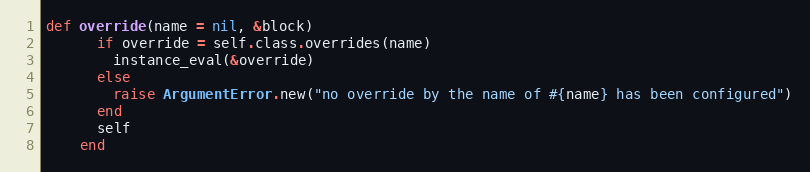
Language: Ruby
def override(name = nil, &block)
      if override = self.class.overrides(name)
        instance_eval(&override)
      else
        raise ArgumentError.new("no override by the name of #{name} has been configured")
      end
      self
    end